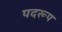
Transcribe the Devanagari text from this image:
पदरूप